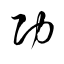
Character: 功